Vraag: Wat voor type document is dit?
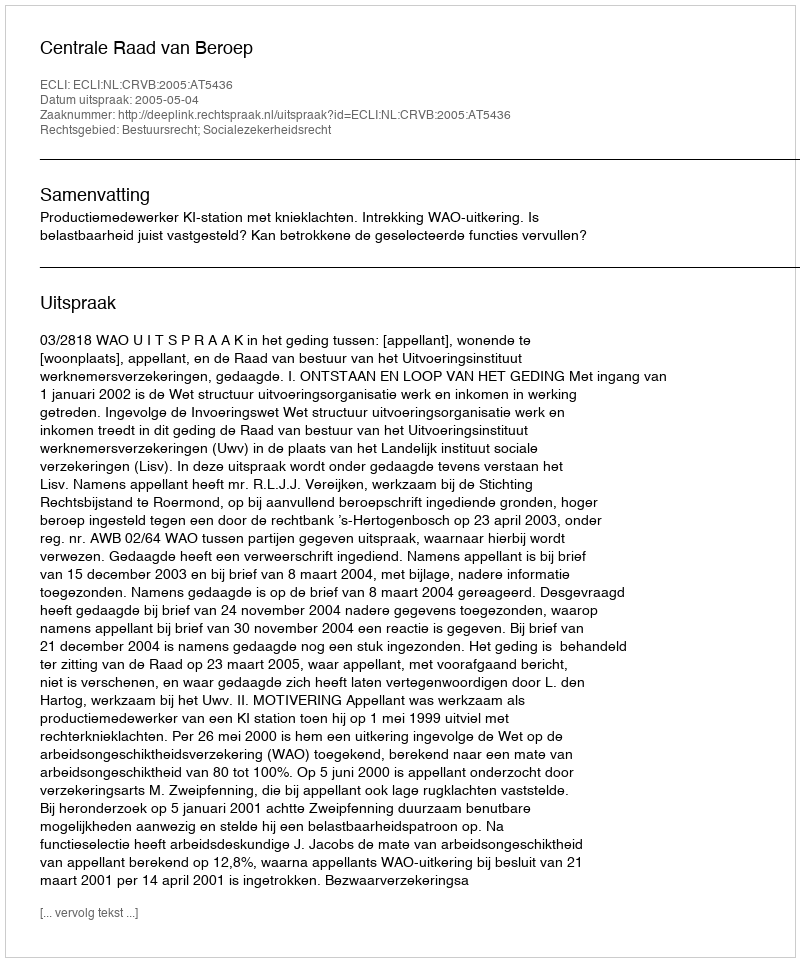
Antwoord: Uitspraak